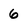
Character: 6